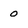
Character: 0